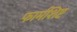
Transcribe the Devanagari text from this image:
फार्मशिष्ट